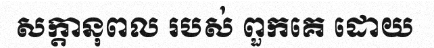
សក្តានុពល របស់ ពួកគេ ដោយ